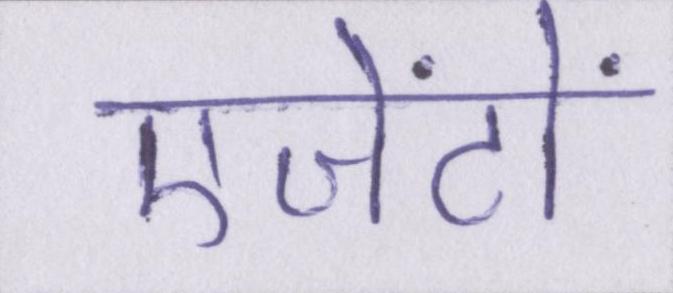
एजेंटों